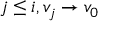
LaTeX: j \leq i , v _ { j } \rightarrow v _ { 0 }